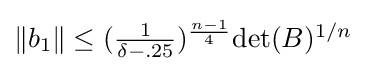
{\textstyle \|b_{1}\|\leq ({\frac {1}{\delta -.25}})^{\frac {n-1}{4}}{\text{det}}(B)^{1/n}}